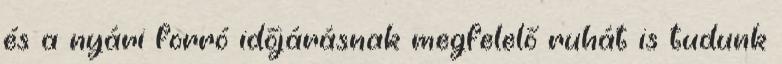
és a nyári forró időjárásnak megfelelő ruhát is tudunk